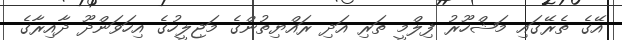
އޭގެ ތެރޭގައި މަޝްހޫރު ފިލްމީ ތަރި އަދި ރައްޔިތުންގެ މަޖިލީހުގެ އިހަވަންދޫ ދާއިރާގެ